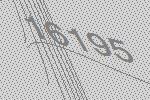
16195